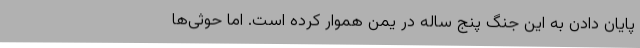
پایان دادن به این جنگ پنج ساله در یمن هموار کرده است. اما حوثی‌ها